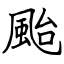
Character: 颱